Report of the Indian Hemp Drugs Commission, 1894-1895 - Volume III
Year: 1894
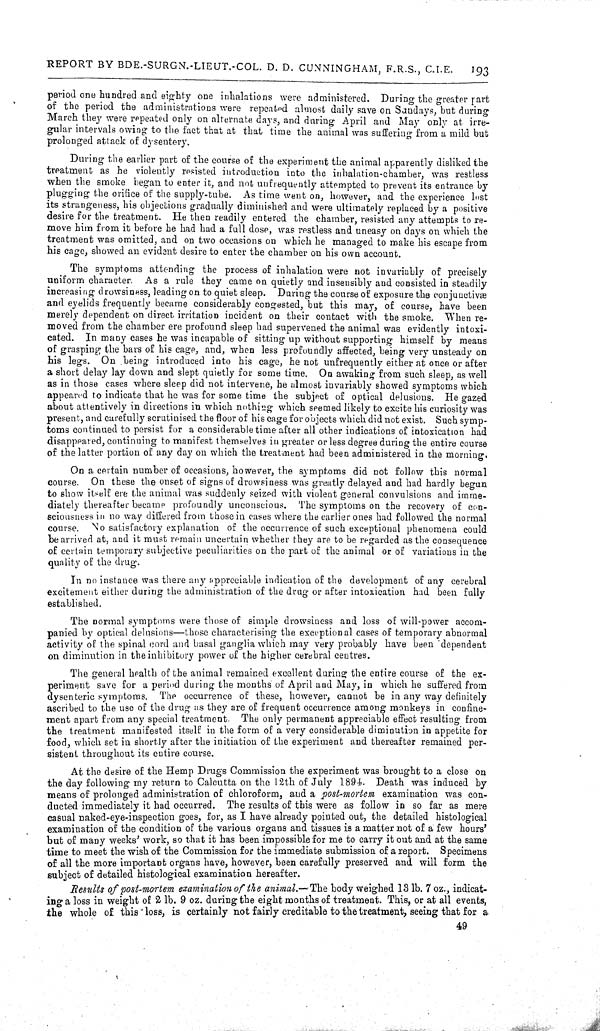
REPORT BY BDE.-SURGN.-LIEUT.-COL. D. D. CUNNINGHAM, F.R.S., C.I.E.
193
period one hundred and eighty one inhalations were administered. During the greater part
of the period the administrations were repeated almost daily save on Sundays, but during
March they were repeated only on alternate days, and during April and May only at irre-
gular intervals owing to the fact that at that time the animal was suffering from a mild but
prolonged attack of dysentery.
During the earlier part of the course of the experiment the animal apparently disliked the
treatment as he violently resisted introduction into the inhalation-chamber, was restless
when the smoke began to enter it, and not unfrequently attempted to prevent its entrance by
plugging the orifice of the supply-tube. As time went on, however, and the experience lost
its strangeness, his objections gradually diminished and were ultimately replaced by a positive
desire for the treatment. He then readily entered the chamber, resisted any attempts to re-
move him from it before he had had a full dose, was restless and uneasy on days on which the
treatment was omitted, and on two occasions on which he managed to make his escape from
his cage, showed an evident desire to enter the chamber on his own account.
The symptoms attending the process of inhalation were not invariably of precisely
uniform character. As a rule they came on quietly and insensibly and consisted in steadily
increasing drowsiness, leading on to quiet sleep. During the course of exposure the conjunctivæ
and eyelids frequently became considerably congested, but this may, of course, have been
merely dependent on direct irritation incident on their contact with the smoke. When re-
moved from the chamber ere profound sleep had supervened the animal was evidently intoxi-
cated. In many cases he was incapable of sitting up without supporting himself by means
of grasping the bars of his cage, and, when less profoundly affected, being very unsteady on
his legs. On being introduced into his cage, he not unfrequently either at once or after
a short delay lay down and slept quietly for some time. On awaking from such sleep, as well
as in those cases where sleep did not intervene, he almost invariably showed symptoms which
appeared to indicate that he was for some time the subject of optical delusions. He gazed
about attentively in directions in which nothing which seemed likely to excite his curiosity was
present, and carefully scrutinised the floor of his cage for objects which did not exist. Such symp-
toms continued to persist for a considerable time after all other indications of intoxication had
disappeared, continuing to manifest themselves in greater or less degree during the entire course
of the latter portion of any day on which the treatment had been administered in the morning.
On a certain number of occasions, however, the symptoms did not follow this normal
course. On these the onset of signs of drowsiness was greatly delayed and had hardly begun
to show itself ere the animal was suddenly seized with violent general convulsions and imme-
diately thereafter became profoundly unconscious. The symptoms on the recovery of con-
sciousness in no way differed from those in cases where the earlier ones had followed the normal
course. No satisfactory explanation of the occurrence of such exceptional phenomena could
be arrived at, and it must remain uncertain whether they are to be regarded as the consequence
of certain temporary subjective peculiarities on the part of the animal or of variations in the
quality of the drug.
In no instance was there any appreciable indication of the development of any cerebral
excitement either during the administration of the drug or after intoxication had been fully
established.
The normal symptoms were those of simple drowsiness and loss of will-power accom-
panied by optical delusions-those characterising the exceptional cases of temporary abnormal
activity of the spinal cord and basal ganglia which may very probably have been dependent
on diminution in the inhibitory power of the higher cerebral centres.
The general health of the animal remained excellent during the entire course of the ex-
periment save for a period during the months of April and May, in which he suffered from
dysenteric symptoms. The occurrence of these, however, cannot be in any way definitely
ascribed to the use of the drug as they are of frequent occurrence among monkeys in confine-
ment apart from any special treatment. The only permanent appreciable effect resulting from
the treatment manifested itself in the form of a very considerable diminution in appetite for
food, which set in shortly after the initiation of the experiment and thereafter remained per-
sistent throughout its entire course.
At the desire of the Hemp Drugs Commission the experiment was brought to a close on
the day following my return to Calcutta on the 12th of July 1894. Death was induced by
means of prolonged administration of chloroform, and a post-mortem examination was con-
ducted immediately it had occurred. The results of this were as follow in so far as mere
casual naked-eye-inspection goes, for, as I have already pointed out, the detailed histological
examination of the condition of the various organs and tissues is a matter not of a few hours'
but of many weeks' work, so that it has been impossible for me to carry it out and at the same
time to meet the wish of the Commission for the immediate submission of a report. Specimens
of all the more important organs have, however, been carefully preserved and will form the
subject of detailed histological examination hereafter.
Results of post-mortem examination of the animal.—The
body weighed 13 lb. 7 oz., indicat-
ing a loss in weight of 2 lb. 9 oz. during the eight months of treatment. This, or at all events,
the whole of this loss, is certainly not fairly creditable to the treatment, seeing that for a
49